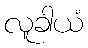
လူခါယံ